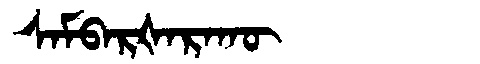
Manchu: ᠰᠠᠮᠪᠠᡵᡧᠠᡵᠠᡴᡡ
Romanization: SAMBARŠARAKŪ